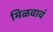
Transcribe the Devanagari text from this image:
मिळवावं